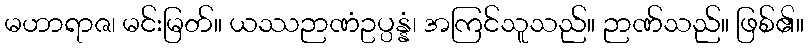
မဟာရာဇ၊ မင်းမြတ်။ ယဿဉာဏံဥပ္ပန္နံ၊ အကြင်သူသည်။ ဉာဏ်သည်။ ဖြစ်၏။